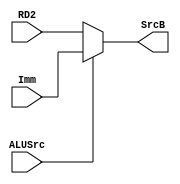
module mux4(
    output [31:0] SrcB,
    input ALUSrc,
    input [31:0] RD2,
    input [31:0] Imm
);
    assign
        SrcB = (ALUSrc==0) ? RD2 : Imm;
endmodule